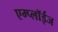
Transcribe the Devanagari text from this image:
एम्प्लॉईज